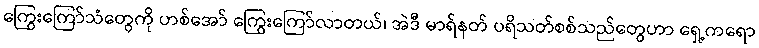
ကြွေးကြော်သံတွေကို ဟစ်အော် ကြွေးကြော်လာတယ်၊ အဲဒီ မာရ်နတ် ပရိသတ်စစ်သည်တွေဟာ ရှေ့ကရော